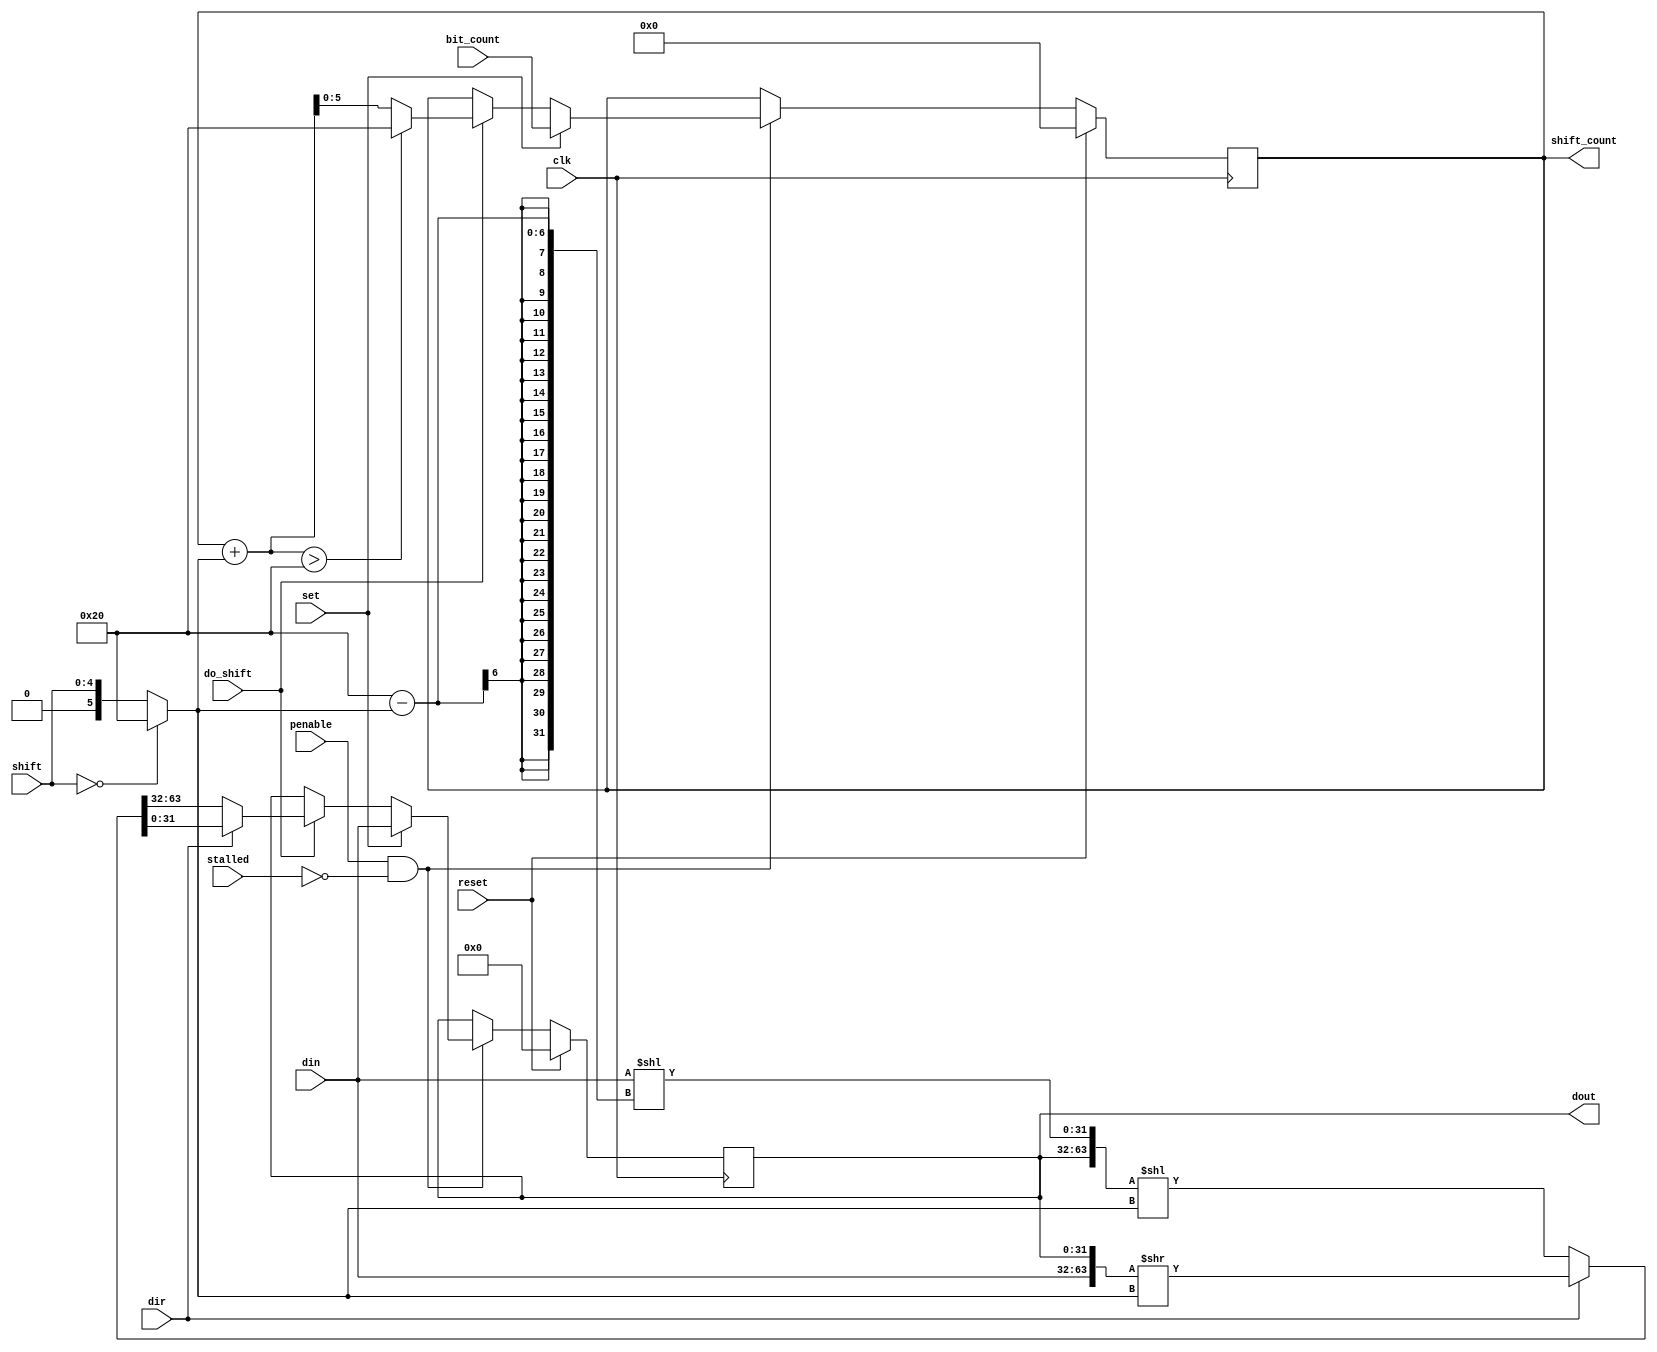
// This program was cloned from: https://github.com/lawrie/fpga_pio
// License: BSD 2-Clause "Simplified" License

// SPDX-FileCopyrightText: 2022 Lawrie Griffiths
// SPDX-License-Identifier: BSD-2-Clause

`default_nettype none
module isr (
  input         clk,
  input         penable,
  input         reset,
  input         stalled,
  input [31:0]  din,
  input [4:0]   shift,
  input         dir,
  input         set,
  input         do_shift,
  input [5:0]   bit_count,
  output [31:0] dout,
  output [5:0]  shift_count
);

  reg [31:0] shift_reg;
  reg [5:0]  count;

  // A shift value of 0 means shift 32
  wire [5:0] shift_val = shift == 0 ? 32 : shift;
  // Left align the input value and concatenate it with the shift register to produce a 64-bit value
  wire [63:0] new_shift = dir ? {din, shift_reg} >> shift_val
                              : {shift_reg, din << (32 - shift_val)} << shift_val;

  always @(posedge clk) begin
    if (reset) begin
      shift_reg <= 0;
      count <= 0;  // Empty
    end else if (penable && !stalled) begin
       if (set) begin
         shift_reg <= din;
         count <= bit_count;
       end else if (do_shift) begin
         shift_reg <= dir ? new_shift[31:0] : new_shift[63:32];
         count <= count + shift_val > 32 ? 32 : count + shift_val;
       end
    end
  end

  assign dout = shift_reg;
  assign shift_count = count;

endmodule